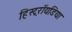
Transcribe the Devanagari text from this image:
हिस्ट्ररॉयडिया